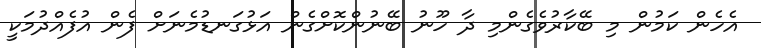
އެހެން ކަމުން މި ބޭކާރުވެގެންމި ދާ ހޫނު ބޭނުންކޮށްގެން އަޅުގަނޑުމެނަށް ފެން އުފެއްދުމަކީ